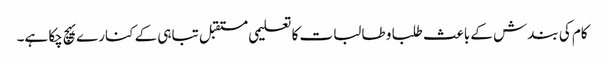
کام کی بندش کے باعث طلبا و طالبات کا تعلیمی مستقبل تباہی کے کنارے پہچ چکا ہے۔